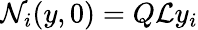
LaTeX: {\cal N}_{i}(y,0)=Q{\cal L}y_{i}